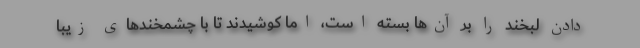
دادن لبخند را بر آن‌ها بسته است، اما کوشیدند تا با چشمخند‌های زیبا